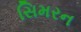
સિમરન